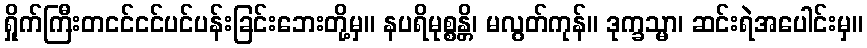
ရှိုက်ကြီးတငင်ငင်ပင်ပန်းခြင်းဘေးတို့မှ။ နပရိမုစ္စန္တိ၊ မလွတ်ကုန်။ ဒုက္ခသ္မာ၊ ဆင်းရဲအပေါင်းမှ။